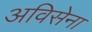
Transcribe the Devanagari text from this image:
अविसेना